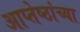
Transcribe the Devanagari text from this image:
आप्‍तेष्ठांच्या